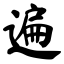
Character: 遍